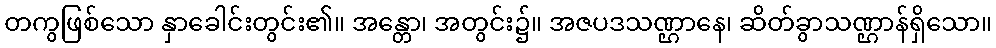
တကွဖြစ်သော နှာခေါင်းတွင်း၏။ အန္တော၊ အတွင်း၌။ အဇပဒသဏ္ဌာနေ၊ ဆိတ်ခွာသဏ္ဌာန်ရှိသော။